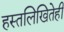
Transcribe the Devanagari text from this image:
हस्तलिखितेही